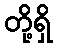
တို့ရှိ